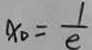
x _ { 0 } = \frac { 1 } { e }